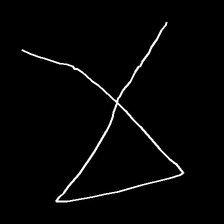
Glyph: collection